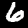
Digit: 6